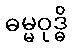
ဓမ္မဝုဒ္ဓိ